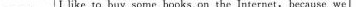
I like to buy some books on the lnternet, because we